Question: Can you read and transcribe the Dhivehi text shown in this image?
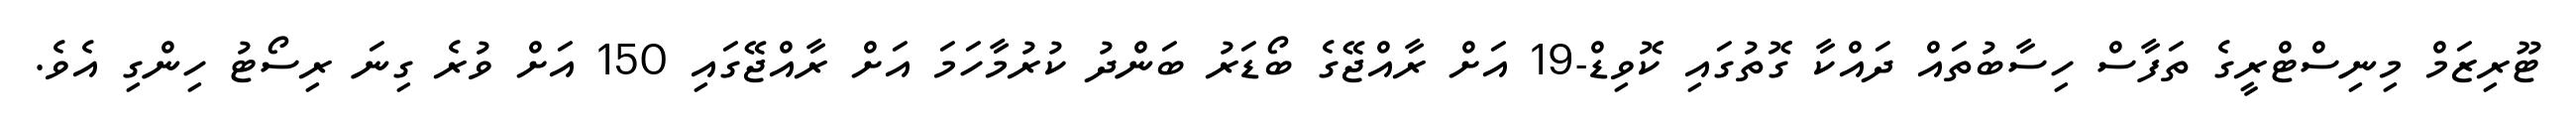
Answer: ޓޫރިޒަމް މިނިސްޓްރީގެ ތަފާސް ހިސާބުތައް ދައްކާ ގޮތުގައި ކޮވިޑް-19 އަށް ރާއްޖޭގެ ބޯޑަރު ބަންދު ކުރުމާހަމަ އަށް ރާއްޖޭގައި 150 އަށް ވުރެ ގިނަ ރިސޯޓު ހިންގި އެވެ.